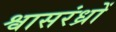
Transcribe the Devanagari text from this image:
श्वासरंध्रों